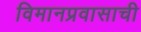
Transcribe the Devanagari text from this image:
विमानप्रवासाची